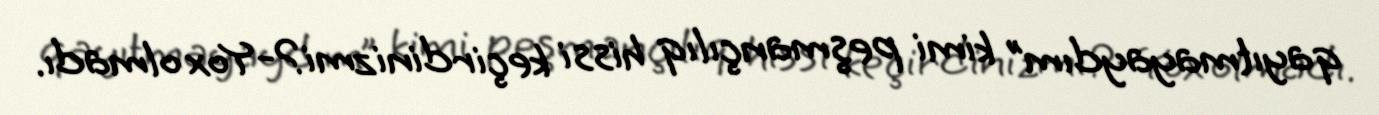
qayıtmayaydım” kimi peşmançılıq hissi keçirdinizmi?-Yox olmadı.